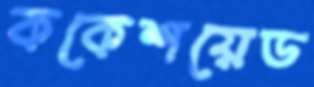
ককেশয়েড